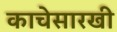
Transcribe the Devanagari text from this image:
काचेसारखी